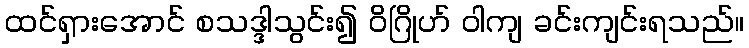
ထင်ရှားအောင် စသဒ္ဒါသွင်း၍ ဝိဂြိုဟ် ဝါကျ ခင်းကျင်းရသည်။